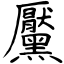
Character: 黶